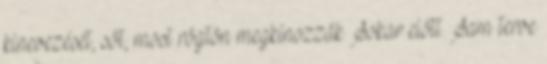
kinevezését, sőt, most rögtön megkínozzák Sokar előtt. Sam terve